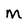
Character: M